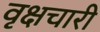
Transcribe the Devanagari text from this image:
वृक्षचारी